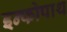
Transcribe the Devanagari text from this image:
इन्फोपाथ